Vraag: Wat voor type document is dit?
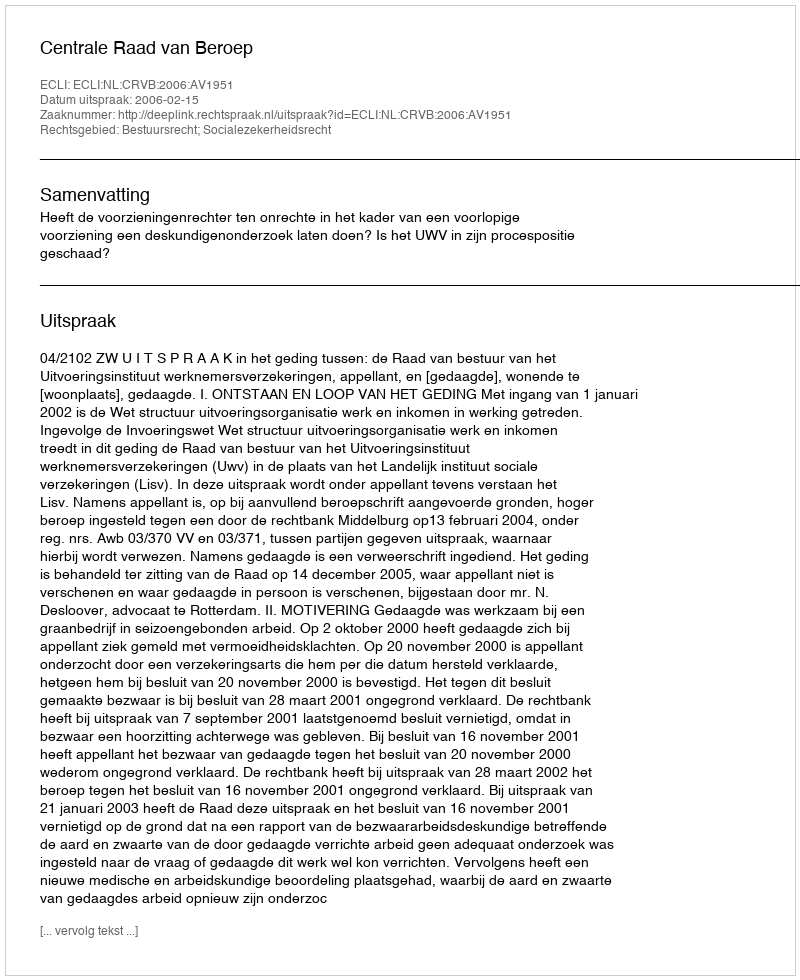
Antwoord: Uitspraak